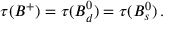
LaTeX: \tau ( B ^ { + } ) = \tau ( B _ { d } ^ { 0 } ) = \tau ( B _ { s } ^ { 0 } ) \, .